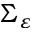
\Sigma _ { \varepsilon }